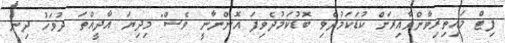
ފިޓް މައިތިރިވާންވާއިރަށް ކުޑަކަމުދެވި ބޮޑުކަމުދެވިފަ އޮންނާނީ ވެސް" މިދިޔަ އާދީއްތަ ދުވަހު ދިން